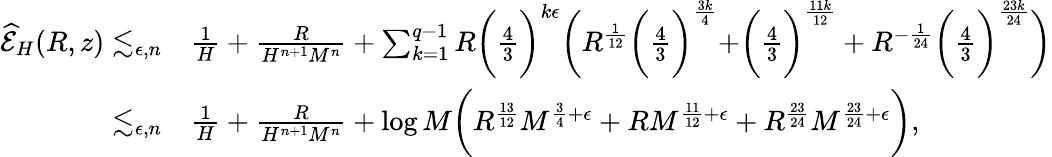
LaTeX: \begin{array}{rl}{\widehat{\mathcal{E}}_{H}(R,z)\lesssim_{\epsilon,n}}&{{}\frac{1}{H}+\frac{R}{H^{n+1}M^{n}}+\sum_{k=1}^{q-1}R\biggr(\frac{4}{3}\biggr)^{k\epsilon}\biggr(R^{\frac{1}{12}}\biggr(\frac{4}{3}\biggr)^{\frac{3k}{4}}+\biggr(\frac{4}{3}\biggr)^{\frac{11k}{12}}+R^{-\frac{1}{24}}\biggr(\frac{4}{3}\biggr)^{\frac{23k}{24}}\biggr)}\\ {\lesssim_{\epsilon,n}}&{{}\frac{1}{H}+\frac{R}{H^{n+1}M^{n}}+\log M\biggr(R^{\frac{13}{12}}M^{\frac{3}{4}+\epsilon}+RM^{\frac{11}{12}+\epsilon}+R^{\frac{23}{24}}M^{\frac{23}{24}+\epsilon}\biggr),}\end{array}